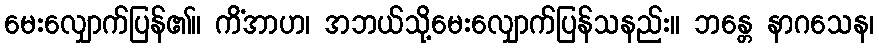
မေးလျှောက်ပြန်၏။ ကိံအာဟ၊ အဘယ်သို့မေးလျှောက်ပြန်သနည်း။ ဘန္တေ နာဂသေန၊